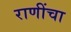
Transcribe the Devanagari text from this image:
राणींचा